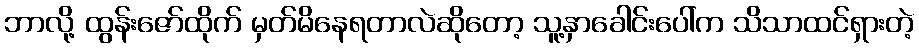
ဘာလို့ ထွန်းဇော်ထိုက် မှတ်မိနေရတာလဲဆိုတော့ သူ့နှာခေါင်းပေါ်က သိသာထင်ရှားတဲ့